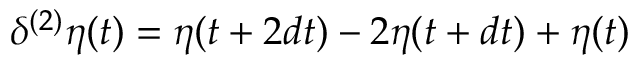
\delta ^ { ( 2 ) } \eta ( t ) = \eta ( t + 2 d t ) - 2 \eta ( t + d t ) + \eta ( t )